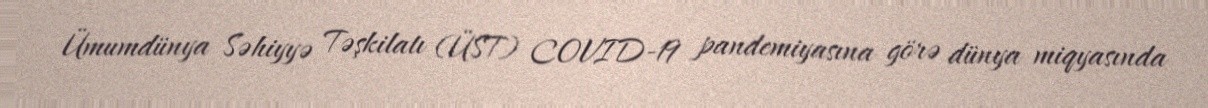
Ümumdünya Səhiyyə Təşkilatı (ÜST) COVID-19 pandemiyasına görə dünya miqyasında